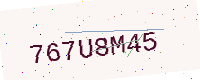
Text: 767U8M45